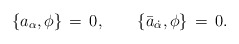
\begin{align*}\{a_\alpha,\phi\}\,=\,0,\qquad \{\bar a_{\dot\alpha}, \phi\}\,=\,0.\end{align*}